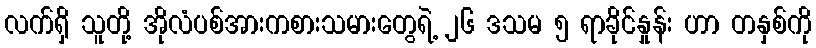
လက်ရှိ သူတို့ အိုလံပစ်အားကစားသမားတွေရဲ့ ၂၆ ဒသမ ၅ ရာခိုင်နှုန်း ဟာ တနှစ်ကို